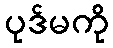
ပုဒ်မကို